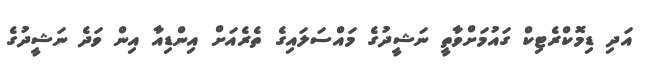
އަދި ޑިމޮކްރެޓިކް ގައުމަށްވާތީ ނަޝީދުގެ މައްސަލައިގެ ތެރެއަށް އިންޑިއާ އިން ވަދެ ނަޝީދުގެ